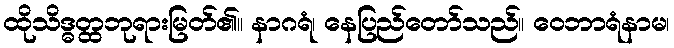
ထိုသိဒ္ဓတ္ထဘုရားမြတ်၏။ နာဂရံ၊ နေပြည်တော်သည်။ ဝေဘာရံနာမ၊